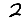
Digit: 2